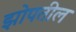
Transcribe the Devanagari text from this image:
झोपतील